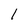
Character: I